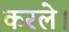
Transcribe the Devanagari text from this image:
करले।